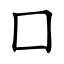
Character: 囗